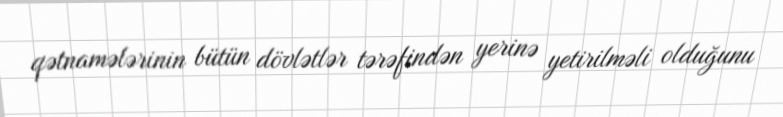
qətnamələrinin bütün dövlətlər tərəfindən yerinə yetirilməli olduğunu